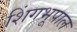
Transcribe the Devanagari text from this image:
शिंगभूपाल